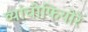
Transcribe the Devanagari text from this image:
व्यांचीफियोरे